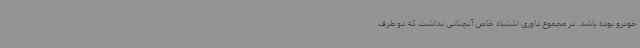
خودرو بوده باشد. در مجموع داوری اشتباه خاص آنچنانی نداشت که دو طرف